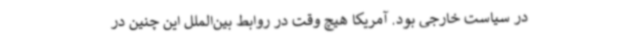
در سیاست خارجی بود. آمریکا هیچ وقت در روابط بین‌الملل این چنین در